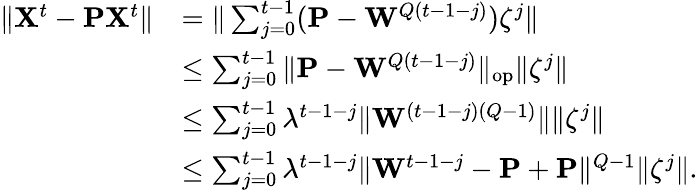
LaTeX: \begin{array}{rl}{\| {\mathbf X}^{t}-{\mathbf P}{\mathbf X}^{t}\| }&{=\| \sum_{j=0}^{t-1}({\mathbf P}-{\mathbf W}^{Q(t-1-j)}){\mathbf\zeta}^{j}\| }\\ &{\leq\sum_{j=0}^{t-1}\| {\mathbf P}-{\mathbf W}^{Q(t-1-j)}\| _{\textrm{op}}\| {\mathbf\zeta}^{j}\| }\\ &{\leq\sum_{j=0}^{t-1}\lambda^{t-1-j}\| {\mathbf W}^{(t-1-j)(Q-1)}\| \| {\mathbf\zeta}^{j}\| }\\ &{\leq\sum_{j=0}^{t-1}\lambda^{t-1-j}\| {\mathbf W}^{t-1-j}-{\mathbf P}+{\mathbf P}\| ^{Q-1}\| {\mathbf\zeta}^{j}\| .}\end{array}